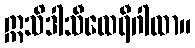
ဣသိဒါသီထေရီဂါထာ။